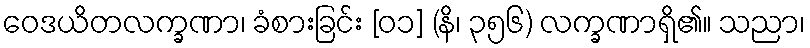
ဝေဒယိတလက္ခဏာ၊ ခံစားခြင်း [၀၁] (နိ၊ ၃၅၆) လက္ခဏာရှိ၏။ သညာ၊